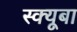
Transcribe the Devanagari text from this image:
स्क्यूबा